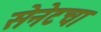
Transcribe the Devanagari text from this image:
सेनेटचा